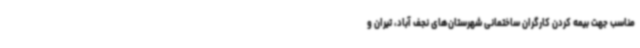
مناسب جهت بیمه کردن کارگران ساختمانی شهرستان‌های نجف آباد، تیران و